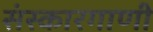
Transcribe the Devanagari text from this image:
संस्कारगाणी